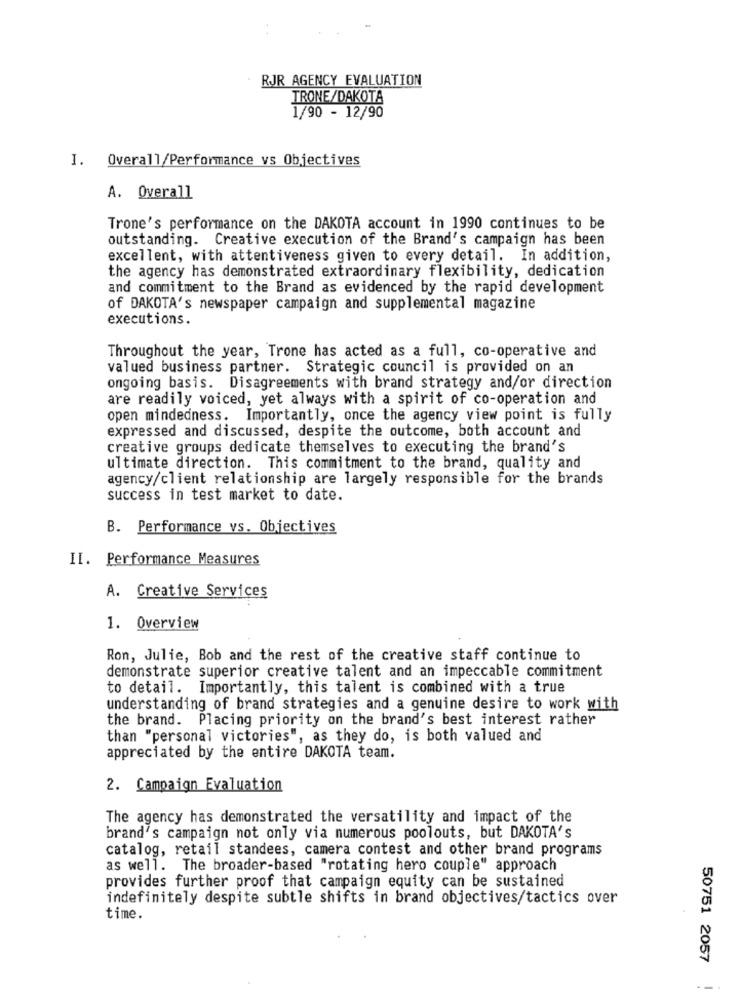
RJR AGENCY EVALUATION
TRONE/DAKOTA
1/90 - 12/90
I. Overall/Performance vs Objectives
A. Overall
Trone's performance on the DAKOTA account in 1990 continues to be
outstanding. Creative execution of the Brand's campaign has been
excellent, with attentiveness given to every detail. In addition,
the agency has demonstrated extraordinary flexibility, dedication
and commitment to the Brand as evidenced by the rapid development
of DAKOTA's newspaper campaign and supplemental magazine
executions.
Throughout the year, Trone has acted as a full, co-operative and
valued business partner. Strategic council is provided on an
ongoing basis. Disagreements with brand strategy and/or direction
are readily voiced, yet always with a spirit of co-operation and
open mindedness. Importantly, once the agency view point is fully
expressed and discussed, despite the outcome, both account and
creative groups dedicate themselves to executing the brand's
ultimate direction. This commitment to the brand, quality and
agency/client relationship are largely responsible for the brands
success in test market to date.
B. Performance vs. Objectives
II. Performance Measures
A. Creative Services
1. Overview
Ron, Julie, Bob and the rest of the creative staff continue to
demonstrate superior creative talent and an impeccable commitment
to detail. Importantly, this talent is combined with a true
understanding of brand strategies and a genuine desire to work with
the brand. Placing priority on the brand's best interest rather
than "personal victories", as they do, is both valued and
appreciated by the entire DAKOTA team.
2. Campaign Evaluation
The agency has demonstrated the versatility and impact of the
brand's campaign not only via numerous poolouts, but DAKOTA's
catalog, retail standees, camera contest and other brand programs
as well. The broader-based "rotating hero couple" approach
provides further proof that campaign equity can be sustained
indefinitely despite subtle shifts in brand objectives/tactics over
time.
50751 2057
--